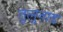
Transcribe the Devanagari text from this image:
तुलुनाड